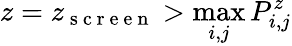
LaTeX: z=z_{\mathrm{~s~c~r~e~e~n~}}>\operatorname*{max}_{i,j}P_{i,j}^{z}